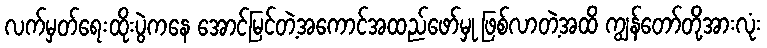
လက်မှတ်ရေးထိုးပွဲကနေ အောင်မြင်တဲ့အကောင်အထည်ဖော်မှု ဖြစ်လာတဲ့အထိ ကျွန်တော်တို့အားလုံး